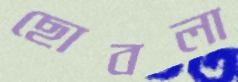
ছোবলা